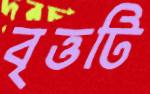
বৃত্তটি